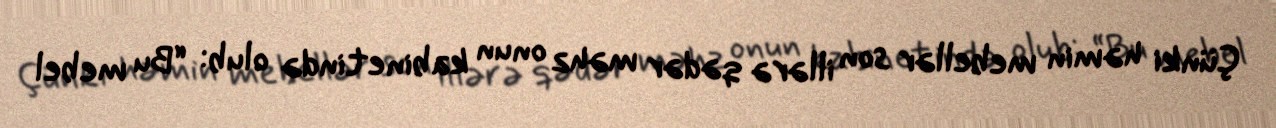
Çünki həmin mebellər son illərə qədər məhz onun kabinetində olub: “Bu mebel